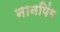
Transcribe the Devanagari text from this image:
नानपिंग